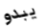
يبدو